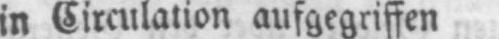
in Circulation aufgegriffen